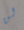
لن